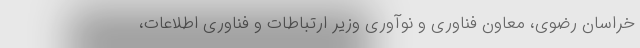
خراسان رضوی، معاون فناوری و نوآوری وزیر ارتباطات و فناوری اطلاعات،